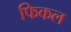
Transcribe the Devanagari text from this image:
फिकल